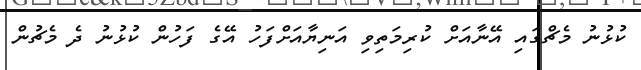
ކުޅުނު މެޗްގައި އޭނާއަށް ކުރިމަތިވި އަނިޔާއަށްފަހު އޭގެ ފަހުން ކުޅުނު ދެ މެޗުން